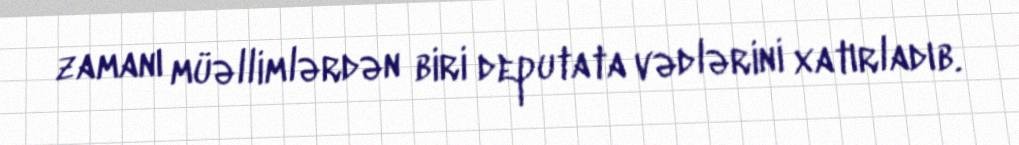
zamanı müəllimlərdən biri deputata vədlərini xatırladıb.